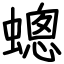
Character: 蟌